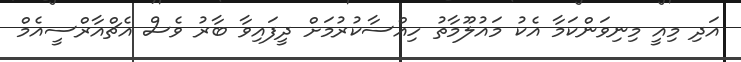
އަދި މިއީ މިނިވަންކަމާ އެކު މައުލޫމާތު ހިއްސާކުރުމަށް ދީފައިވާ ބާރު ވެސް އެޗްއާރްސީއެމް